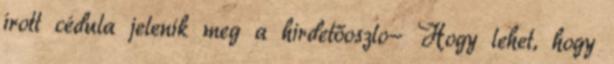
írott cédula jelenik meg a hirdetőoszlo- Hogy lehet, hogy